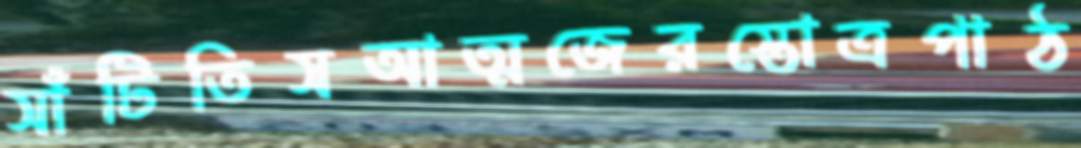
সাঁটিতিসআত্মজেরস্তোত্রপাঠ